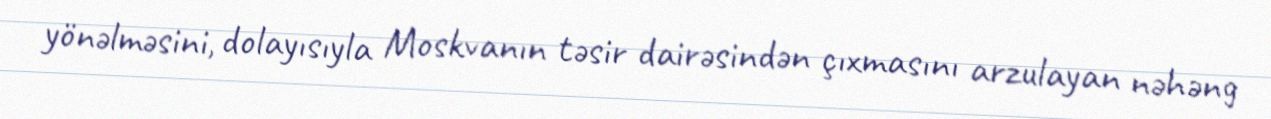
yönəlməsini, dolayısıyla Moskvanın təsir dairəsindən çıxmasını arzulayan nəhəng